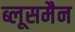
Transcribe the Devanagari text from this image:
ब्लूसमैन